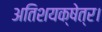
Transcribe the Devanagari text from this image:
अतिशयक्षेत्र।